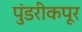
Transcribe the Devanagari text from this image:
पुंडरीकपूर